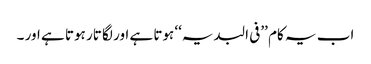
اب یہ کام ’’فی البدیہ‘‘ ہوتا ہے اور لگا تار ہوتا ہے اور ۔